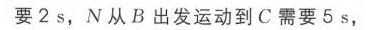
要\(2\mathrm{s}\)，\(N\)从\(B\)出发运动到\(C\)需要\(5\mathrm{s}\)，